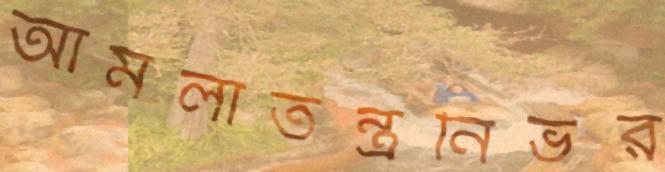
আমলাতন্ত্রনির্ভর